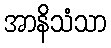
အာနိသံသာ